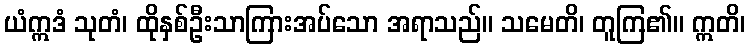
ယံဣဒံ သုတံ၊ ထိုနှစ်ဦးသာကြားအပ်သော အရာသည်။ သမေတိ၊ တူကြ၏။ ဣတိ၊